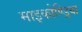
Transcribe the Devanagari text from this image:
माइकोण्ड्रिया